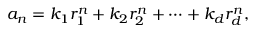
a _ { n } = k _ { 1 } r _ { 1 } ^ { n } + k _ { 2 } r _ { 2 } ^ { n } + \cdots + k _ { d } r _ { d } ^ { n } ,